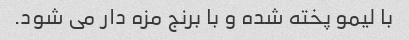
با لیمو پخته شده و با برنج مزه دار می شود.